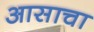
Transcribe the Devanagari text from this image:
आसाचा